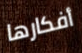
أفكارها